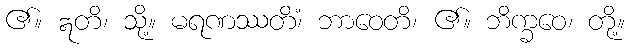
၏။ ဣတိ၊ သို့။ မရဏဿတိံ၊ ဘာဝေတိ၊ ၏။ ဘိက္ခဝေ၊ တို့။